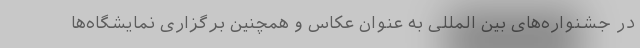
در جشنواره‌های بین المللی به عنوان عکاس و همچنین برگزاری نمایشگاه‌ها